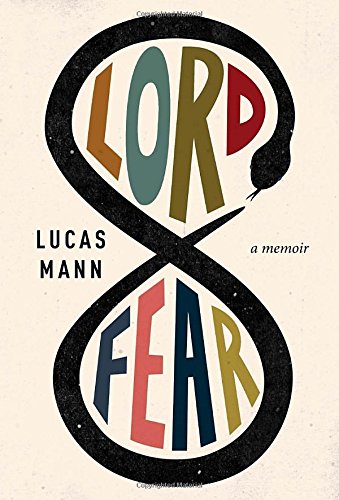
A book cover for Lord Fear: A Memoir; Lucas Mann; Parenting & Relationships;